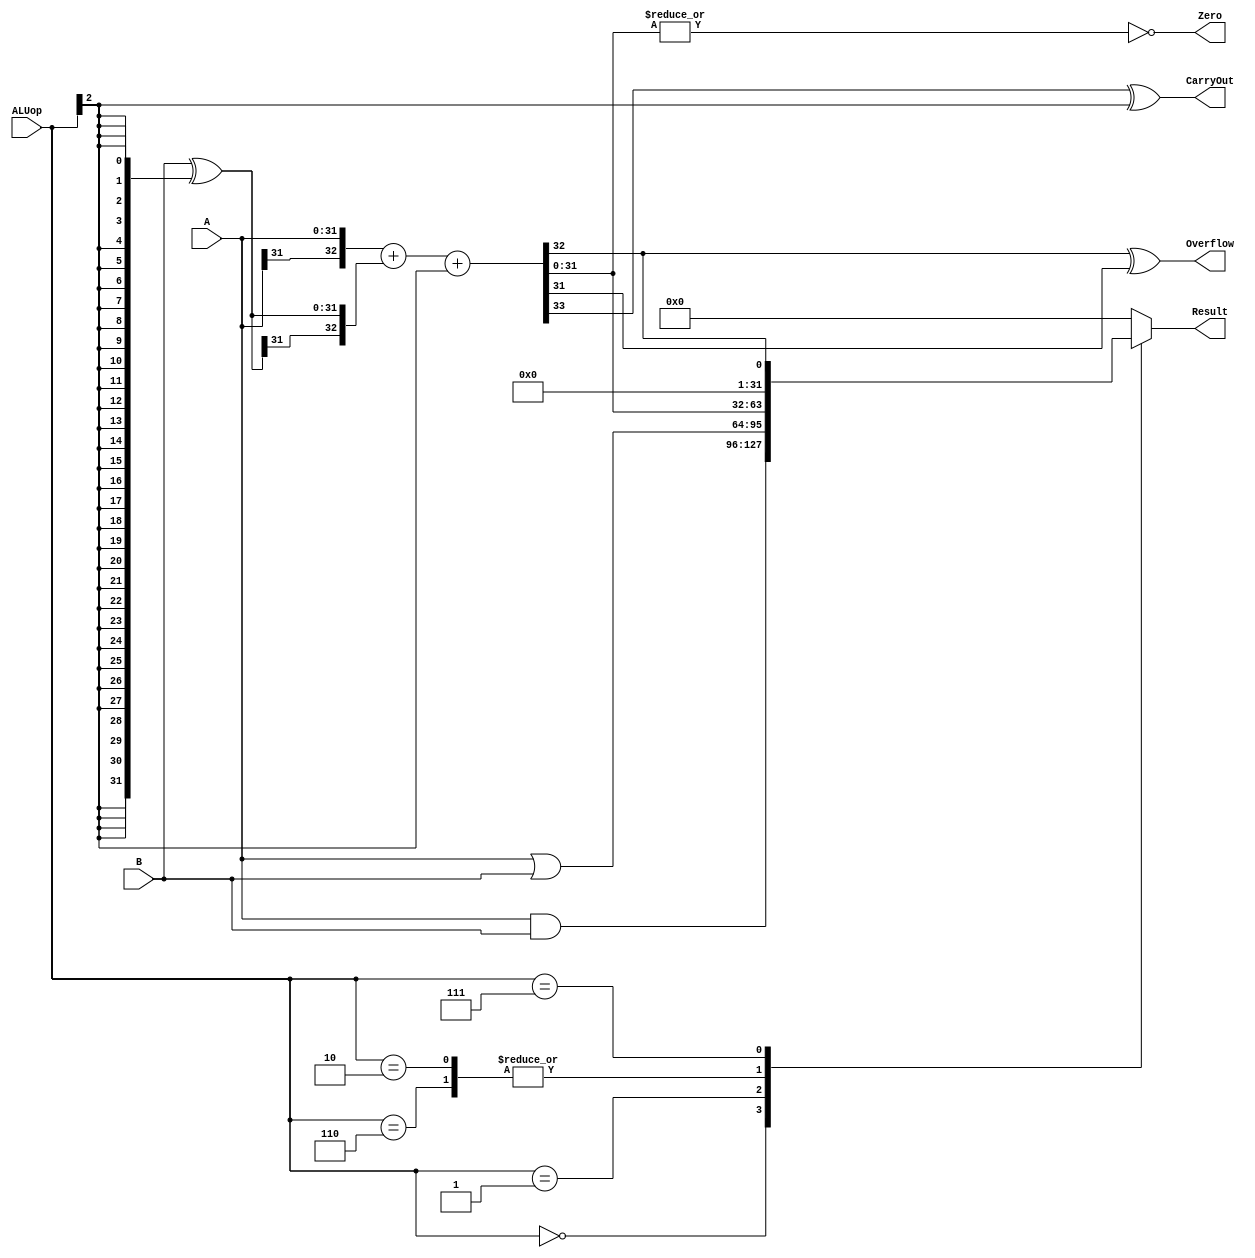
`ifdef PRJ1_FPGA_IMPL
	// the board does not have enough GPIO, so we implement a 4-bit ALU
    `define DATA_WIDTH 4
`else
    `define DATA_WIDTH 32
`endif

module alu(
	input [`DATA_WIDTH - 1:0] A,
	input [`DATA_WIDTH - 1:0] B,
	input [2:0] ALUop,
	output Overflow,
	output CarryOut,
	output Zero,
	output reg [`DATA_WIDTH - 1:0] Result
);

	// TODO: insert your code

	wire OF, CF;
    wire [`DATA_WIDTH - 1:0] B_OP, Result_AND, Result_OR, Result_PLUS;
    
    always@(*)
    begin
       case(ALUop)
       3'b000: Result<=Result_AND;
       3'b001: Result<=Result_OR;
       3'b010, 3'b110: Result<=Result_PLUS;
       3'b111: Result<=OF;
       default: Result<=`DATA_WIDTH'b0;
       endcase
    end
    
    assign Result_AND=A&B;
    assign Result_OR=A|B;
    assign B_OP=B^{`DATA_WIDTH{ALUop[2]}};
    assign {CF, OF, Result_PLUS}={A[`DATA_WIDTH-1], A}+{B_OP[`DATA_WIDTH-1], B_OP}+ALUop[2];
    assign Overflow=OF^Result_PLUS[`DATA_WIDTH-1];
    assign CarryOut=CF^ALUop[2];
    assign Zero=~|Result_PLUS;

endmodule
/*
    always@(*)
    begin
    case(ALUop)
        3'b000: Result<=A&B;
        3'b001: Result<=A|B;
        3'b010: Result<=A+B;
        3'b110: Result<=A-B;
        3'b111: Result<=($signed(A)<$signed(B));
        default: Result<=`DATA_WIDTH'b0;
    endcase
    end
    
    assign Zero=(A==B);

endmodule
*/